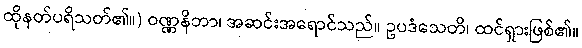
ထိုနတ်ပရိသတ်၏။) ဝဏ္ဏနိဘာ၊ အဆင်းအရောင်သည်။ ဥပဒံသေတိ၊ ထင်ရှားဖြစ်၏။